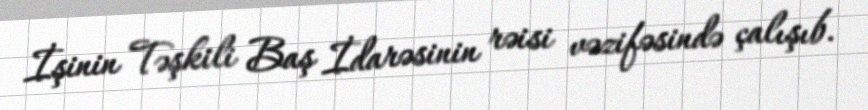
İşinin Təşkili Baş İdarəsinin rəisi vəzifəsində çalışıb.